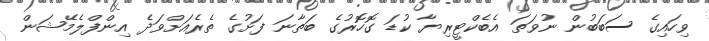
ވިހައިގެ ސަބަބުން ނުވަތަ އެބެކްޓީރިޔާ ކުޑަ ގޮހޮރުގެ ބަތާނަ ފަށުގެ ތެރެއަށްވަދެ އިންފްލެމޭޝަން